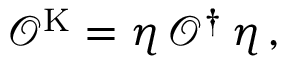
\mathcal { O } ^ { \mathrm { K } } = \eta \, \mathcal { O } ^ { \dagger } \, \eta \, ,